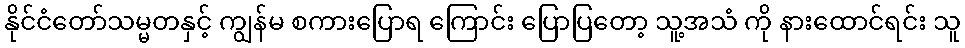
နိုင်ငံတော်သမ္မတနှင့် ကျွန်မ စကားပြောရ ကြောင်း ပြောပြတော့ သူ့အသံ ကို နားထောင်ရင်း သူ